Indian journal of veterinary science and animal husbandry - Volumes 28-29, 1958-1959
Year: 1958
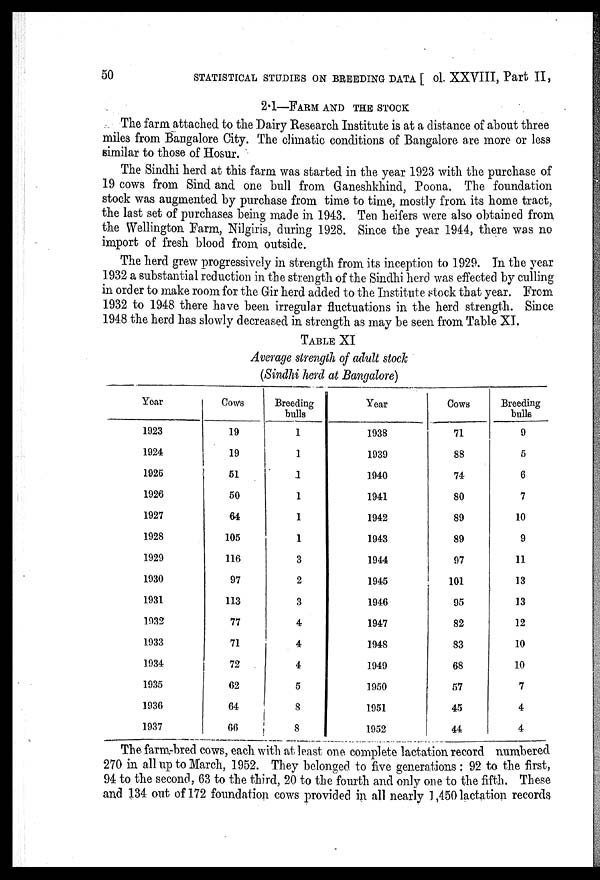
50
STATISTICAL STUDIES ON BREEDING DATA [ ol. XXVIII, Part II,
2.1—FARM AND THE STOCK
The farm attached to the Dairy Research Institute is at a distance of about three
miles from Bangalore City. The climatic conditions of Bangalore are more or less
similar to those of Hosur.
The Sindhi herd at this farm was started in the year 1923 with the purchase of
19 cows from Sind and one bull from Ganeshkhind, Poona. The foundation
stock was augmented by purchase from time to time, mostly from its home tract,
the last set of purchases being made in 1943. Ten heifers were also obtained from
the Wellington Farm, Nilgiris, during 1928. Since the year 1944, there was no
import of fresh blood from outside.
The herd grew progressively in strength from its inception to 1929. In the year
1932 a substantial reduction in the strength of the Sindhi herd was effected by culling
in order to make room for the Gir herd added to the Institute stock that year. From
1932 to 1948 there have been irregular fluctuations in the herd strength. Since
1948 the herd has slowly decreased in strength as may be seen from Table XI.
TABLE XI
Average strength of adult stock
(Sindhi herd at Bangalore)
Year
1923
1924
1925
1926
1927
1928
1929
1930
1931
1932
1933
1934
1935
1936
1937
Cows
19
19
51
50
64
105
116
97
113
77
71
72
62
64
66
Breeding
bulls
1
1
1
1
1
1
3
2
3
4
4
4
5
8
8
Year
1938
1939
1940
1941
1942
1943
1944
1945
1946
1947
1948
1949
1950
1951
1952
Cows
71
88
74
80
89
89
97
101
95
82
83
68
57
45
44
Breeding
bulls
9
5
6
7
10
9
11
13
13
12
10
10
7
4
4
The farm-bred cows, each with at least one complete lactation record numbered
270 in all up to March, 1952. They belonged to five generations : 92 to the first,
94 to the second, 63 to the third, 20 to the fourth and only one to the fifth. These
and 134 out of 172 foundation cows provided in all nearly 1,450 lactation records